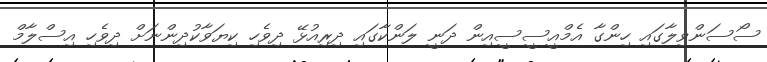
ސޯސަންވިލާގައި ހިންގާ އެމްއީސީސީއިން ދަނީ ލަންކާގައި ދިރިއުޅޭ ދިވެހި ކިޔަވާކުދިންނަށް ދިވެހި އިސްލާމް